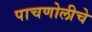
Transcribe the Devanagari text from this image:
पाचणोलीचे